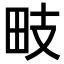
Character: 𭻁